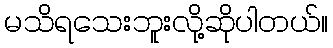
မသိရသေးဘူးလို့ဆိုပါတယ်။